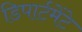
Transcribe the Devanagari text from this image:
डिपार्टमेंटे